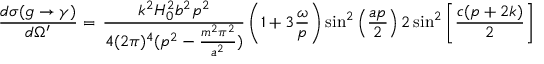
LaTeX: \frac { d \sigma ( g \rightarrow \gamma ) } { d \Omega ^ { \prime } } = \, \frac { k ^ { 2 } H _ { 0 } ^ { 2 } b ^ { 2 } p ^ { 2 } } { 4 ( 2 \pi ) ^ { 4 } ( p ^ { 2 } - \frac { m ^ { 2 } \pi ^ { 2 } } { a ^ { 2 } } ) } \left( 1 + 3 \frac { \omega } { p } \right) \sin ^ { 2 } \left( \frac { a p } { 2 } \right) 2 \sin ^ { 2 } \left[ \frac { c ( p + 2 k ) } { 2 } \right]